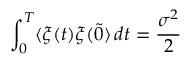
\int _ { 0 } ^ { T } \langle \xi ( t ) \xi ( \tilde { 0 } \rangle \, d t = { \frac { \sigma ^ { 2 } } { 2 } }